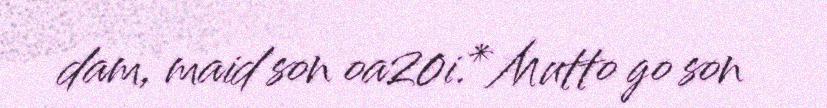
dam, maid son oa20i.* Mutto go son